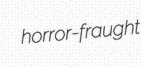
horror-fraught